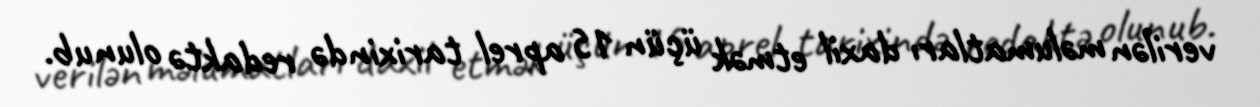
verilən məlumatları daxil etmək üçün 15 aprel tarixində redaktə olunub.